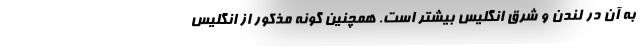
به آن در لندن و شرق انگلیس بیشتر است. همچنین گونه مذکور از انگلیس